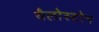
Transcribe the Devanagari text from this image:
यैलोस्टोन